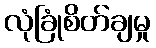
လုံခြုံစိတ်ချမှု